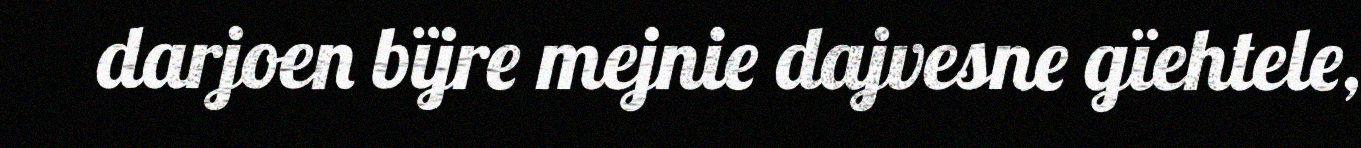
darjoen bïjre mejnie dajvesne gïehtele,